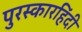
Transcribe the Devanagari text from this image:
पुरस्कारहिंदी